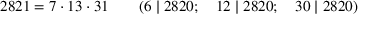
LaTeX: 2 8 2 1 = 7 \cdot 1 3 \cdot 3 1 \qquad ( 6 \mid 2 8 2 0 ; \quad 1 2 \mid 2 8 2 0 ; \quad 3 0 \mid 2 8 2 0 )